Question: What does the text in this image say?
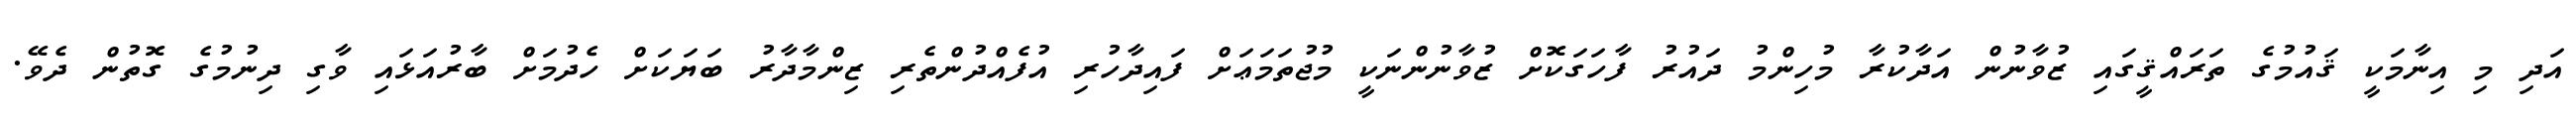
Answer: އަދި މި އިނާމަކީ ޤައުމުގެ ތަރައްޤީގައި ޒުވާނުން އަދާކުރާ މުހިންމު ދައުރު ފާހަގަކޮށް ޒުވާނުންނަކީ މުޖުތަމަޢަށް ފައިދާހުރި އުފެއްދުންތެރި ޒިންމާދާރު ބަޔަކަށް ހެދުމަށް ބާރުއަޅައި ވާގި ދިނުމުގެ ގޮތުން ދެވޭ.